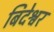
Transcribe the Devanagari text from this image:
बिदेश्वर